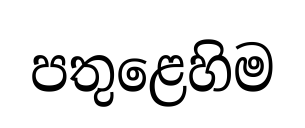
පතුළෙහිම